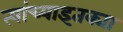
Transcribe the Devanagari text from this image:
त्यांच्याइतक्या